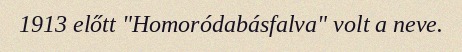
1913 előtt "Homoródabásfalva" volt a neve.